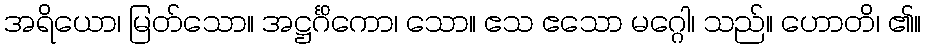
အရိယော၊ မြတ်သော။ အဋ္ဌင်္ဂိကော၊ သော။ ဧသ ဧသော မဂ္ဂေါ၊ သည်။ ဟောတိ၊ ၏။